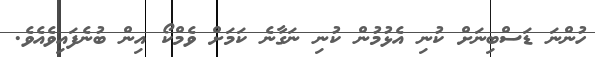
ހުންނަ ޑަސްބިނަށް ކުނި އެޅުމުން ކުނި ނަގާނެ ކަމަށް ވެމްކޯ އިން ބުނެފައިވެއެވެ.